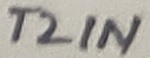
Text: T2IN